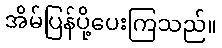
အိမ်ပြန်ပို့ပေးကြသည်။